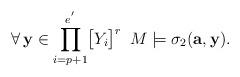
LaTeX: \begin{align*}\forall\,\mathbf{y}\in\displaystyle{\prod_{i=p+1}^{e^{'}}}\big{[}Y_i\big{]}^r\,\,\,M\models\sigma_2(\mathbf{a},\mathbf{y}).\end{align*}